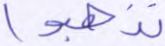
تذهبوا